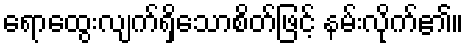
ရောထွေးလျက်ရှိသောစိတ်ဖြင့် နမ်းလိုက်၏။